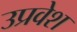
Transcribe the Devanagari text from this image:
उप्रवेश